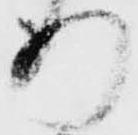
行